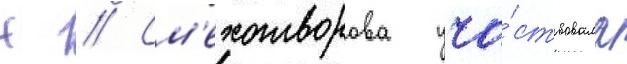
Н // См'ехотворова уча́ствовала